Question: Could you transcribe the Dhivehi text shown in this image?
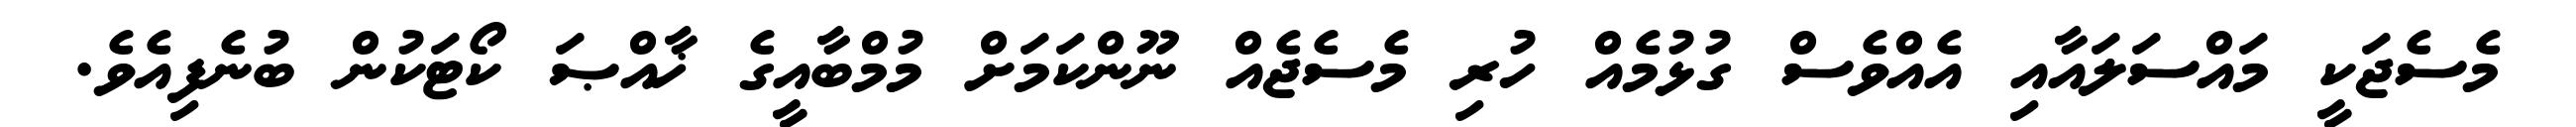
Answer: މެސެޖަކީ މައްސަލައާއި އެއްވެސް ގުޅުމެއް ހުރި މެސެޖެއް ނޫންކަމަށް މުމްބާއީގެ ޚާއްޞަ ކޯޓަކުން ބުނެފިއެވެ.